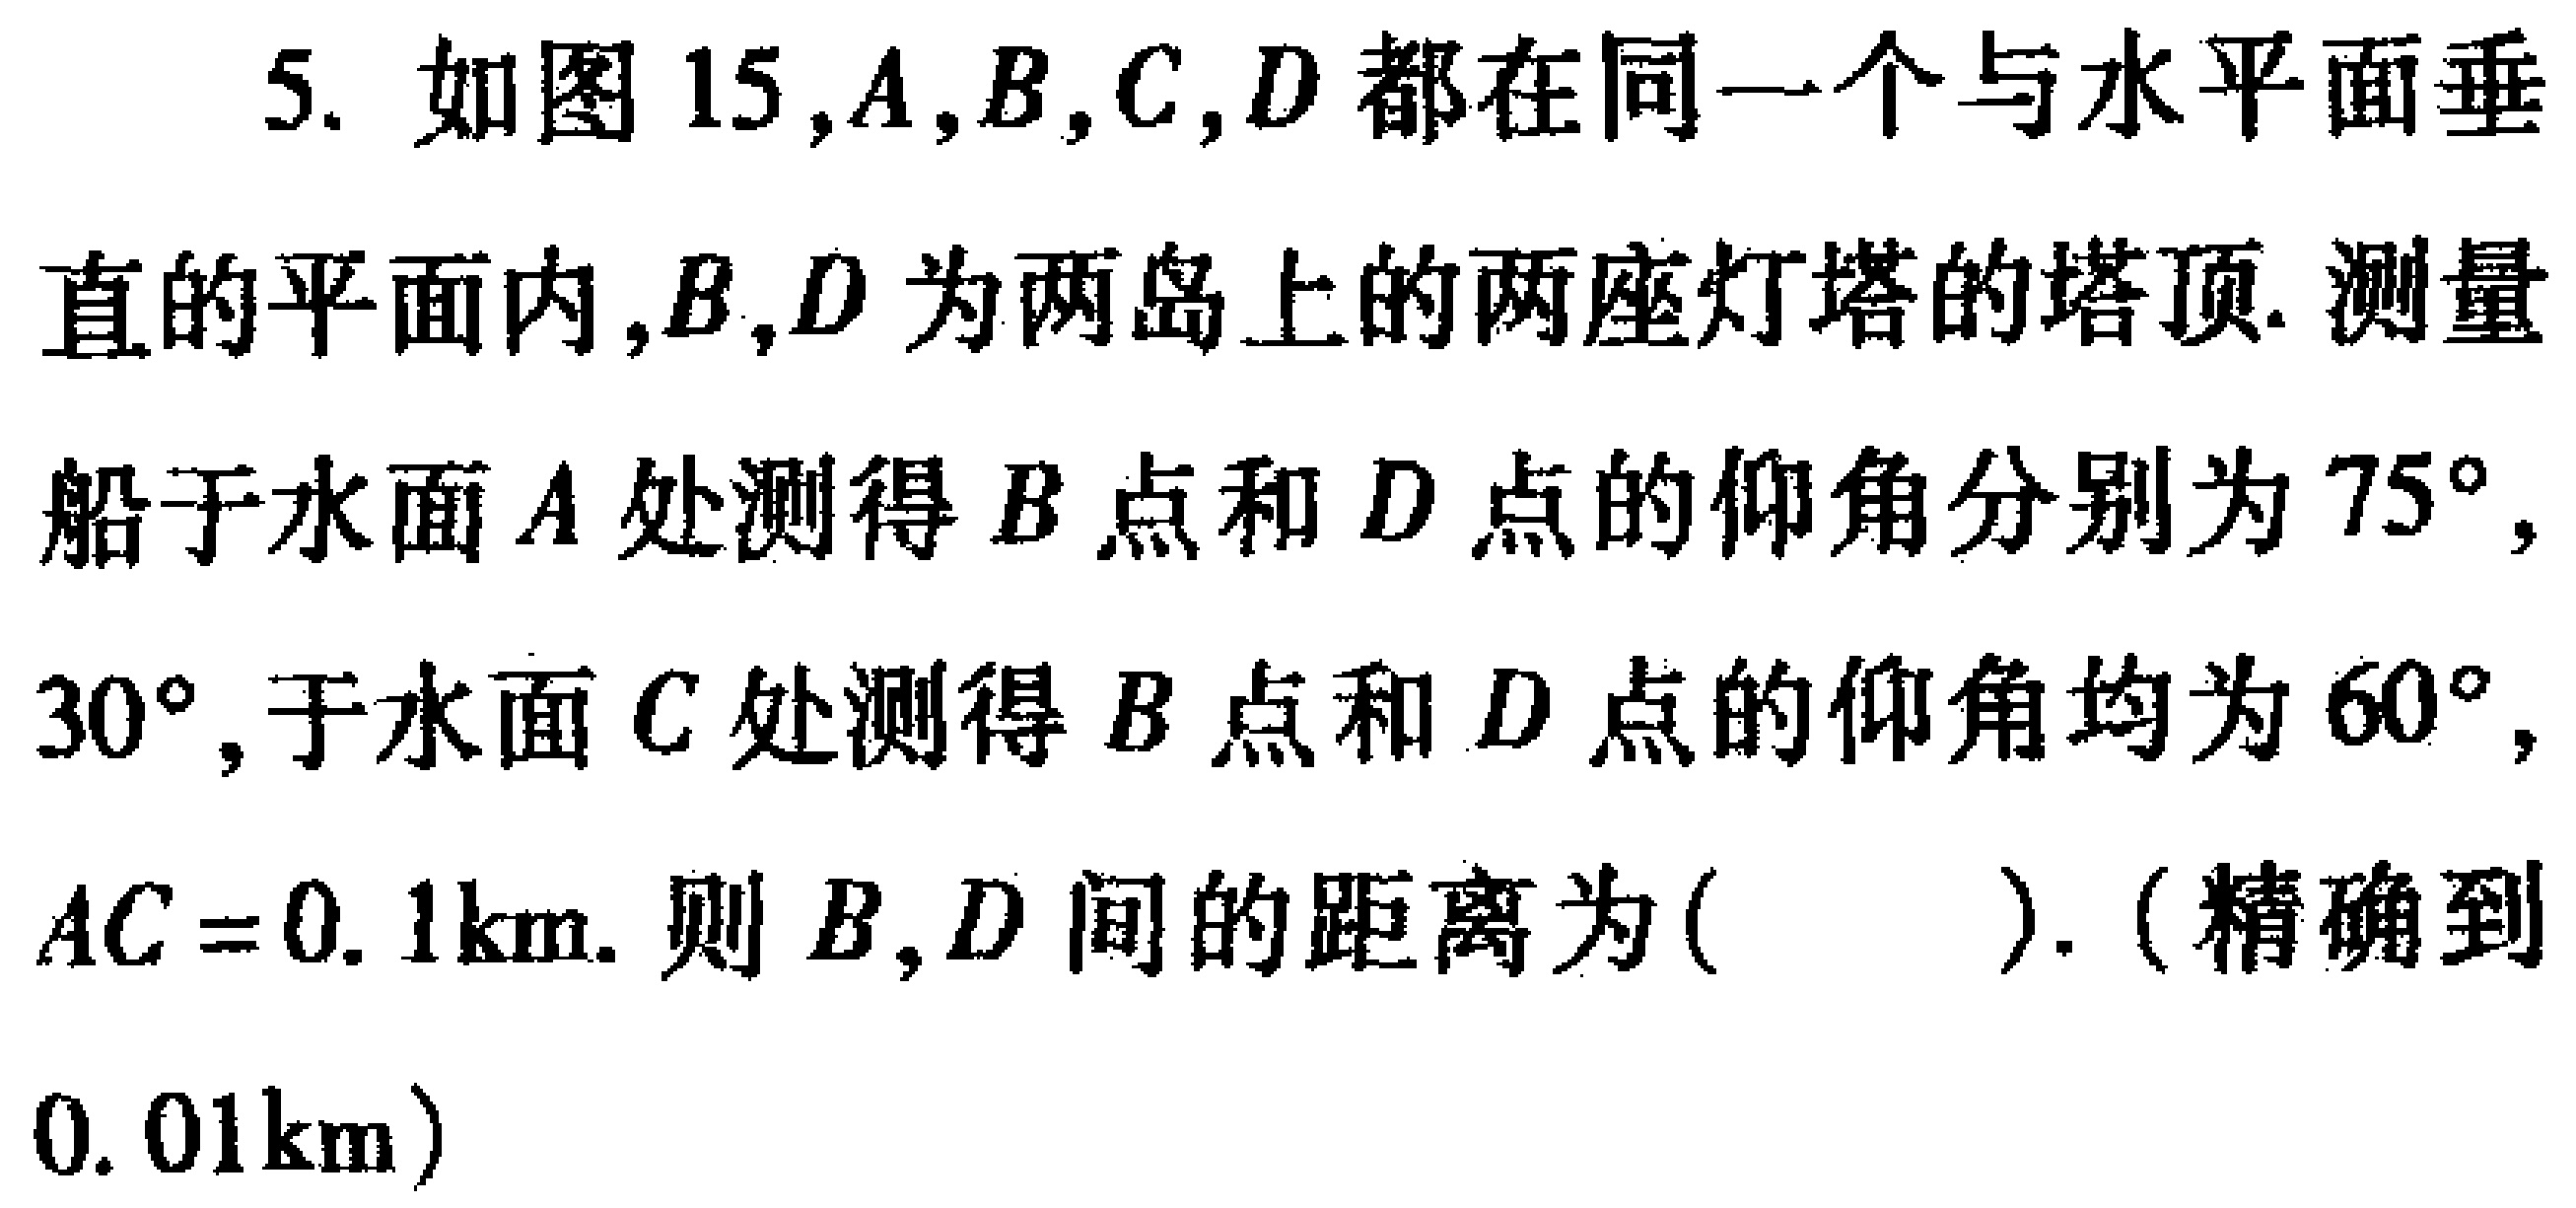
5. 如图15,$A,B,C,D$都在同一个与水平面垂直的平面内,$B,D$为两岛上的两座灯塔的塔顶. 测量船于水面$A$处测得$B$点和$D$点的仰角分别为$75^{\circ},$$30^{\circ}$,于水面$C$处测得$B$点和$D$点的仰角均为$60^{\circ},$$AC = 0.1\mathrm{km}$. 则$B,D$间的距离为( ). (精确到$0.01\mathrm{km}$)